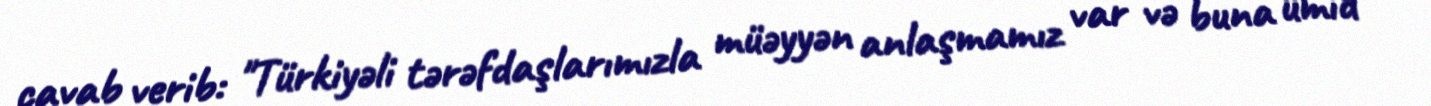
cavab verib: "Türkiyəli tərəfdaşlarımızla müəyyən anlaşmamız var və buna ümid